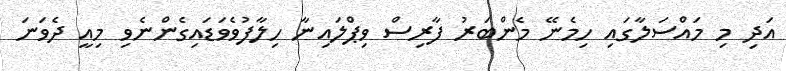
އަދި މި މައްސަލާގައި ހިމެނޭ މެންބަރު ފާރިސް ވިޕްލައިނާ ހިލާފުވެވަޑައިގެންނެވި މިއީ ދެވަނަ